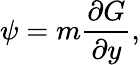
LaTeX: \psi=m\frac{\partial G}{\partial y},